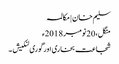
سلیم خان | مکالمہ
منگل، 20 نومبر 2018ء
شجاعت بخاری اور گوری لنکیش ۔